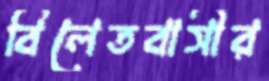
বিলেতবাসীর